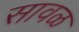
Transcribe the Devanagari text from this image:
सावळ